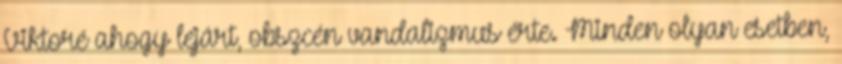
Viktoré ahogy lejárt, obszcén vandalizmus érte. Minden olyan esetben,